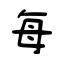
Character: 每